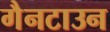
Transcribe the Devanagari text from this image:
गैनटाउन